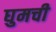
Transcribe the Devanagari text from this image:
घुमची